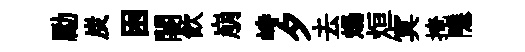
勵炭困闍飲崩峙夕去煬烜㝠掩隱